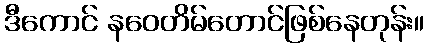
ဒီကောင် နဝေတိမ်တောင်ဖြစ်နေတုန်း။